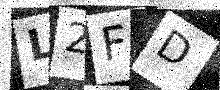
Text: L2FD